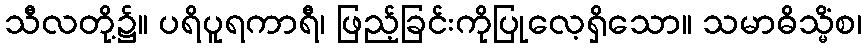
သီလတို့၌။ ပရိပူရကာရီ၊ ဖြည့်ခြင်းကိုပြုလေ့ရှိသော။ သမာဓိသ္မိံစ၊